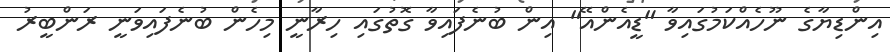
އިންޑިޔާގެ ނޫހެއްކަމުގައިވާ "ޑީއެންއޭ" އިން ބުނެފައިވާ ގޮތުގައި ހިރާނީ މިހެން ބުނެފައިވަނީ ރަންބީރު